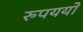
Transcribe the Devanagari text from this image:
रुपययों